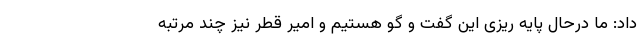
داد: ما درحال پایه ریزی این گفت و گو هستیم و امیر قطر نیز چند مرتبه